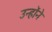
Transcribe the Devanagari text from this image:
उन्हाेंने